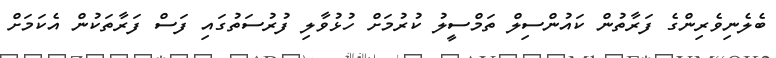
ބެލެނިވެރިންގެ ފަރާތުން ކައުންސިިލް ތަމްސީލު ކުރުމަށް ހުޅުވާލި ފުރުސަތުގައި ފަސް ފަރާތަކުން އެކަމަށް